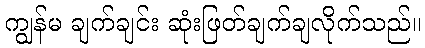
ကျွန်မ ချက်ချင်း ဆုံးဖြတ်ချက်ချလိုက်သည်။